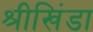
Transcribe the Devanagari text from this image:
श्रीखिंडा